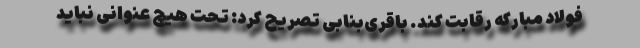
فولاد مبارکه رقابت کند. باقری‌بنابی تصریح کرد: تحت هیچ عنوانی نباید